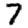
Digit: 7